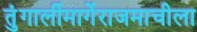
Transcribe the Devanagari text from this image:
तुंगार्लीमार्गेराजमाचीला